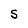
Character: S